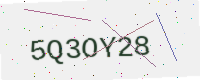
Text: 5Q3OY28